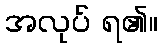
အလုပ် ရ၏။